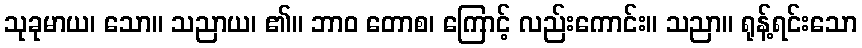
သုခုမာယ၊ သော။ သညာယ၊ ၏။ ဘာဝ တောစ၊ ကြောင့် လည်းကောင်း။ သညာ။ ရုန့်ရင်းသော